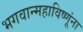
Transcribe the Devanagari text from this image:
भगवान्महाविष्णूंना